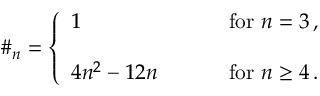
\# _ { n } = \left\{ \begin{array} { l l } { { 1 ~ ~ ~ ~ } } & { { \mathrm { f o r } ~ n = 3 \, , } } \\ { { { } } } & { { { } } } \\ { { 4 n ^ { 2 } - 1 2 n ~ ~ ~ ~ ~ ~ ~ } } & { { \mathrm { f o r } ~ n \geq 4 \, . } } \end{array} \right.